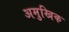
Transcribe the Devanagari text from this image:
अमुखिक